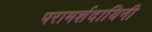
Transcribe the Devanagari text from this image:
परामर्शदायिनी